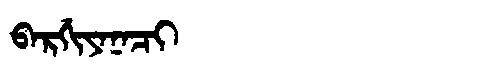
Manchu: ᠪᠠᡵᡤᡳᠶᠠᠨᠠᠴᡳ
Romanization: BARGIYANACI